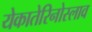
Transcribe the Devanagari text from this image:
येकातेरिनोस्लाव